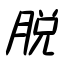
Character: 脱